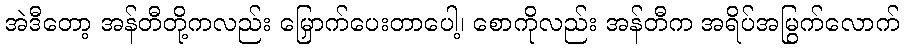
အဲဒီတော့ အန်တီတို့ကလည်း မြှောက်ပေးတာပေါ့၊ စောကိုလည်း အန်တီက အရိပ်အမြွက်လောက်